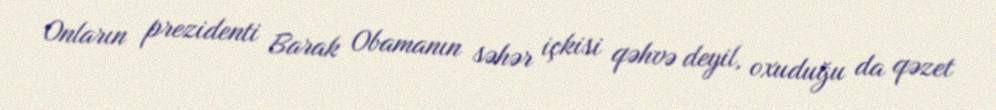
Onların prezidenti Barak Obamanın səhər içkisi qəhvə deyil, oxuduğu da qəzet